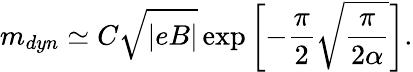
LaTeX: m_{dyn}\simeq C\sqrt{|eB|}\exp\left[-{\frac{\pi}{2}}\sqrt{\frac{\pi}{2\alpha}}\right].